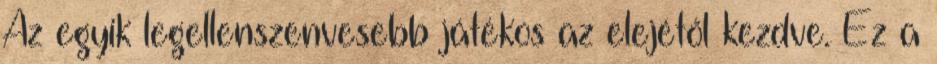
Az egyik legellenszenvesebb játékos az elejétől kezdve. Ez a